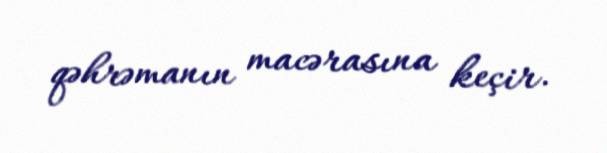
qəhrəmanın macərasına keçir.